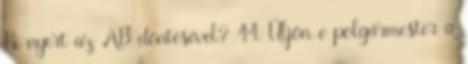
Ki nyert az AB döntésével? 44. Üljön-e polgármester a